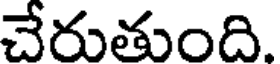
చేరుతుంది.